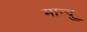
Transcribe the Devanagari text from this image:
मान्दु